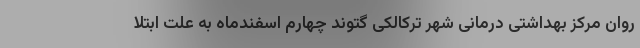
روان مرکز بهداشتی درمانی شهر ترکالکی گتوند چهارم اسفندماه به علت ابتلا